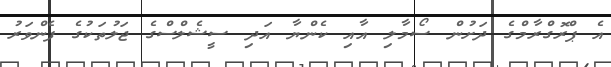
އެ ޕްރޮގްރާމްގެ ދަށުން ސޯމާލި އާއި ކެންޔާ އަދި ސީޝެލްސްގެ ޖަލުތަކުގެ ފެންވަރު